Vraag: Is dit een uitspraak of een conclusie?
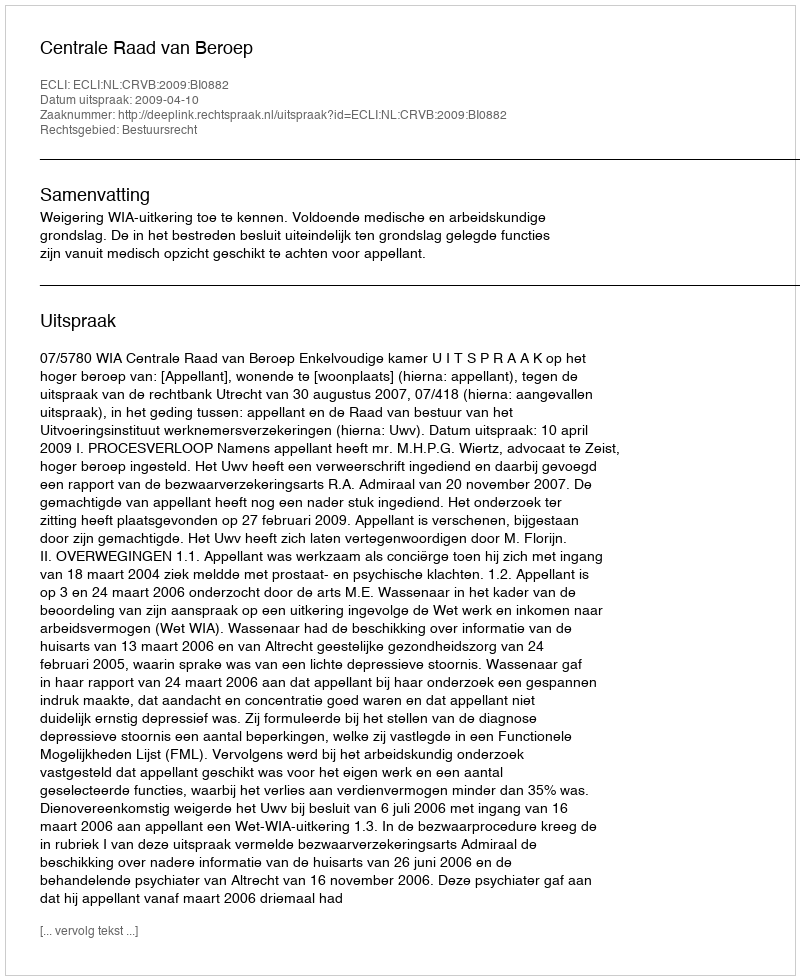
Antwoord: Uitspraak